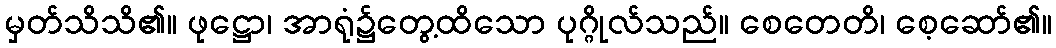
မှတ်သိသိ၏။ ဖုဋ္ဌော၊ အာရုံ၌တွေ့ထိသော ပုဂ္ဂိုလ်သည်။ စေတေတိ၊ စေ့ဆော်၏။